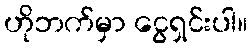
ဟိုဘက်မှာ ငွေရှင်းပါ။